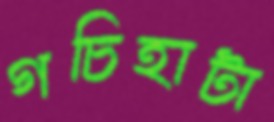
গচিহাটা